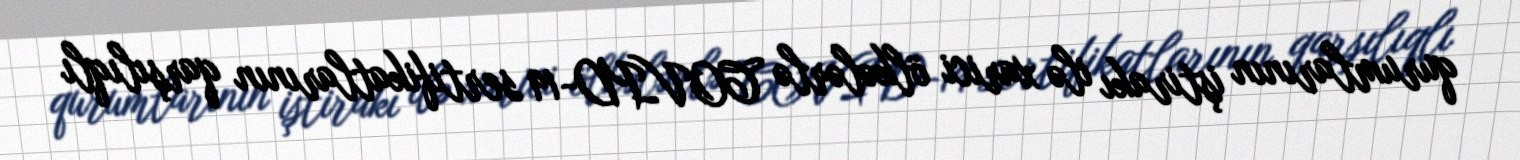
qurumlarının iştirakı ilə xarici ölkələrlə COVID-19 sertifikatlarının qarşılıqlı